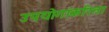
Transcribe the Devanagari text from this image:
उपयोगांकरिता